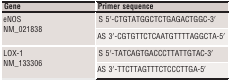
| Gene | Primer sequence |
 | --- | --- |
 | <ROWSPAN=2> eNOS NM_021838 | S 5′-CTGTATGGCTCTGAGACTGGC-3′ |
 | AS 3′-CGTGTTCTCAATGTTTTAGGCTA-5′ |
 | <ROWSPAN=2> LOX-1 NM_133306 | S 5′-TATCAGTGACCCTTATTGTAC-3′ |
 | AS 3′-TTCTTAGTTTCTCCCTTGA-5′ |